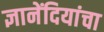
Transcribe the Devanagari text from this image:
ज्ञानेंदियांचा